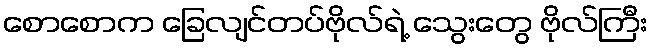
စောစောက ခြေလျင်တပ်ဗိုလ်ရဲ့ သွေးတွေ ဗိုလ်ကြီး